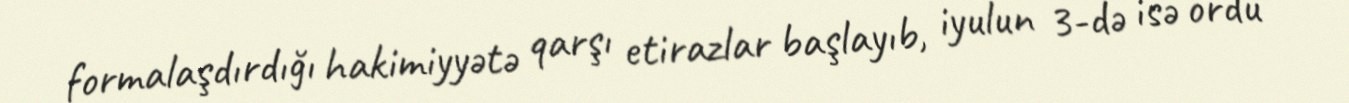
formalaşdırdığı hakimiyyətə qarşı etirazlar başlayıb, iyulun 3-də isə ordu